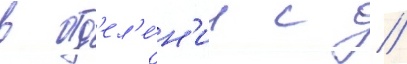
в отд'ел'е́н'ии с //